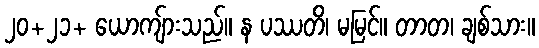
၂၀+၂၁+ ယောကျ်ားသည်။ န ပဿတိ၊ မမြင်။ တာတ၊ ချစ်သား။